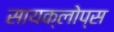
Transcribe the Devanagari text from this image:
सायक्लोप्स